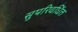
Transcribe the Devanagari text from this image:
सुपरिवर्धित